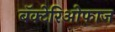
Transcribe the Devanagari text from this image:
बॅक्टेरिओफाज